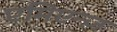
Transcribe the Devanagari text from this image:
एमिएन्ज़